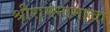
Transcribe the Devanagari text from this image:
श्रीरामनामाचा